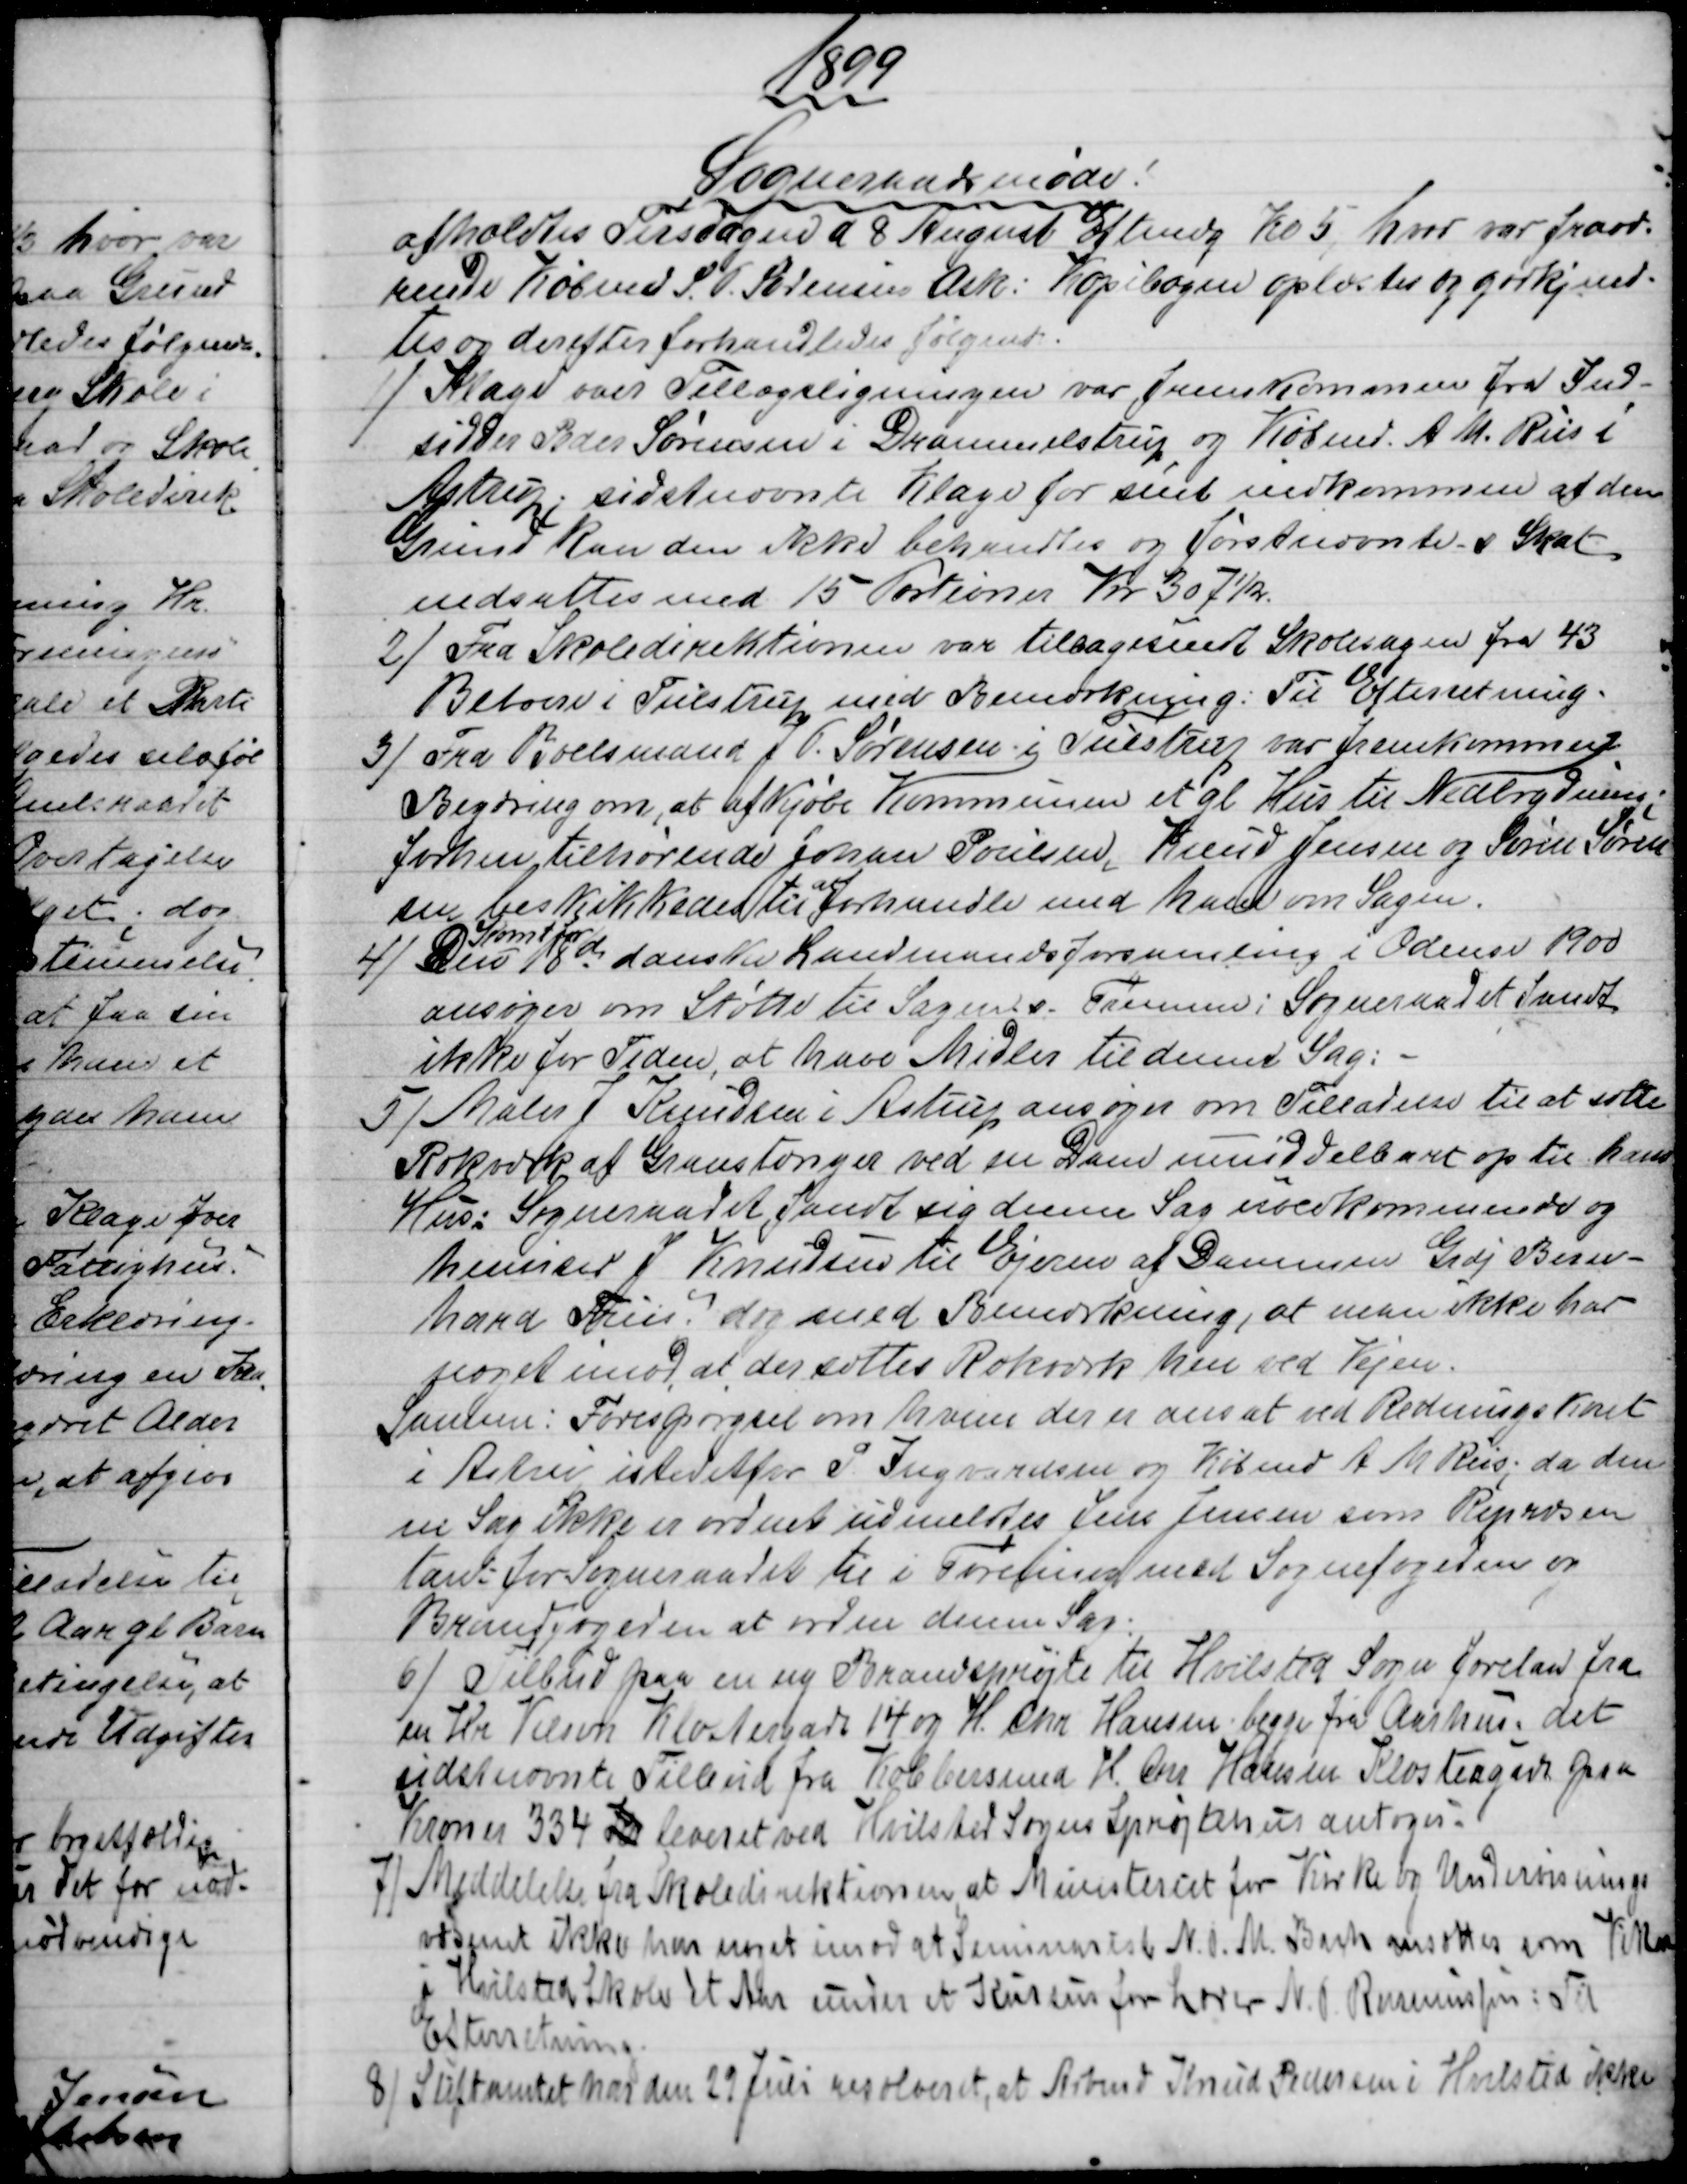
Transskription:
1899
Sogneraadsmøde!
afholdtes Tirsdagen d 8 August Eftmdg Kl 5, hvor var fravæ-
rende Købmd S. P. Sørensen Ask: Kopibogen oplæstes og godkjend-
tes og derefter forhandledes følgende.
 1)
 Klage over Tillægsligningen var frenskommen fra Ind=
sidder Peder Sørensen i Drammelstrup og Købmd. A. M. Riis i
Astrup; sidstnævnte Klage for sent indkommen af den
Grund kan den ikke behandles og førstnævntes Skat
nedsættes med 15 Portioner Kr. 307½.
2)
Fra Skoledirektionen var tilbagesendt Skolesagen fra 43
Beboere i Tulstrup med Bemærkning: Til Efterretning.
3)
Fra Boelsmand J. P. Sørensen i Tulstrup var fremkommen
Begæring om, at afKjøbe Kommunen et gl Hus til Nedbrydning;
forhen tilhørende Johan Poulsen, Knud Jensen og Søren Søren
sen beskikkedes
til
at forhandle med ham om Sagen.
4)
Komt for
Den 18de danske Landmandsforsamling i Odense 1900
ansøger om Støtte til Sagens Fremme; Sogneraadet fandt
ikke for Tiden, at have Midler til denne Sag:
5) 
Maler Knudsen i Astrup ansøger om Tilladelse til at sætte
Rækværk af Granstænger ved en Dam umiddelbart op til hans
Hus: Sogneraadet fandt sig denne Sag uvedkommende og
henviser J Knudsen til Ejeren af Dammen Gdj Bern-
hard Friis dog med Bemærkning, at man ikke har
noget imod, at der sættes Rækværk hen ved Vejen.
Samme: Forespørgsel om hvem der er ansat ved Redningsvæsnet
i Astrup istedetfor P Ingvardsen og Købmd A. M. Riis, da den
ne Sag ikke er ordnet udmeldtes Jens Jensen som Repræsen
tant for Sogneraadet til i Forening med Sognefogeden og
Brandfogeden at ordne denne Sag.
6) 
Tilbud paa en ny Brandsprøjte til Hvilsted Sogn forelaa fra
en Hr Vilson Klostergade 14 og H. Chr Hansen begge fra Aarhus; det
sidstnævnte Tilbud fra Kobbersmed H. Chr Hansen Klostergade paa
Kroner 334 Kr leveret ved Hvilsted Sogns Sprøjtehus antoges.
7) 
Meddelelse fra Skoledirektionen at Ministeriet for Kirke og Undervisnings
væsenet ikke har noget imod at Seminarist N. P. M. Bach ansættes som Vikar
i Hvilsted Skole et Aar under et Kursus for Lærer N. P. Rasmussen: Til
Efterretning.
8) 
Stiftamtet har den 29 Juli resolveret, at Arbmd Knud Pedersen i Hvilsted ikke